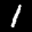
Label: 1